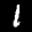
Label: 1